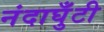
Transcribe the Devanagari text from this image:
नंदाघुँटी